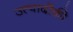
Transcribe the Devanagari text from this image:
उत्पादोंकी